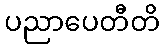
ပညာပေတီတိ